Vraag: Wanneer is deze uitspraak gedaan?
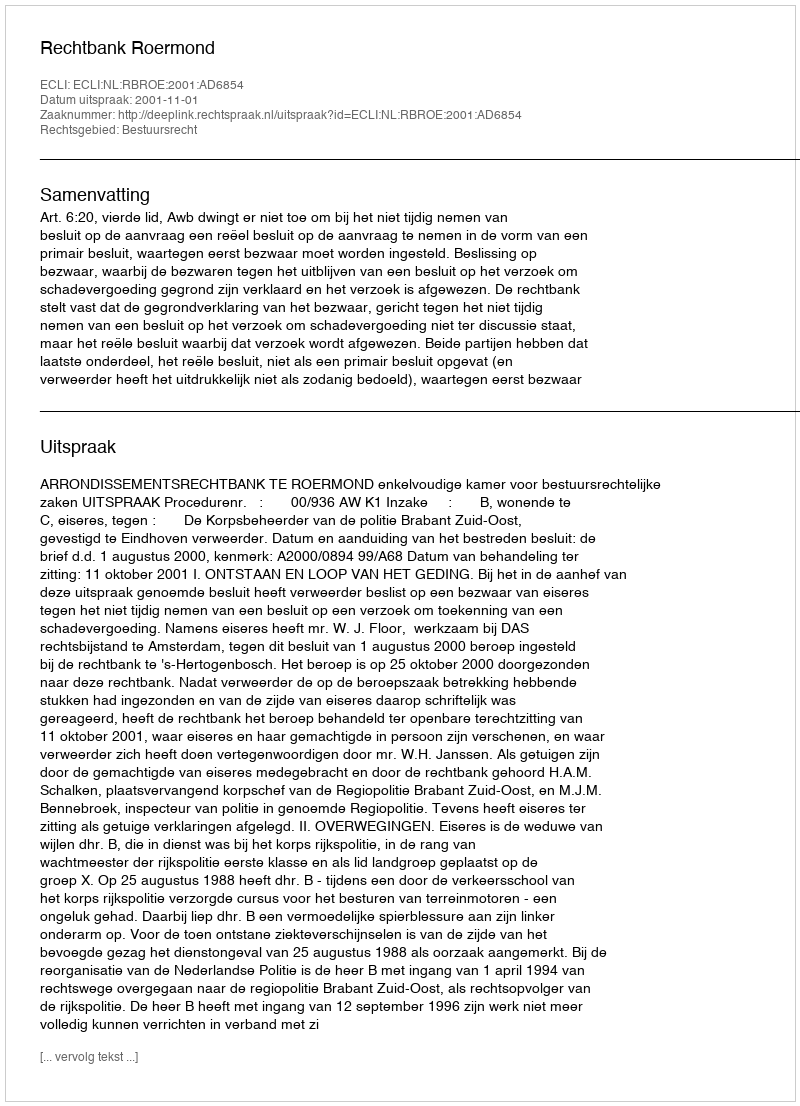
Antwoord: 2001-11-01